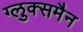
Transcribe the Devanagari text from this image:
ग्लुक्समैन